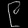
Digit: ၉